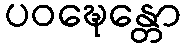
ပဝဍ္ဎေန္တော